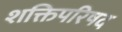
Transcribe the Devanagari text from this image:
शक्तिपरिषद